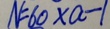
N = 6 0 \times a - 1